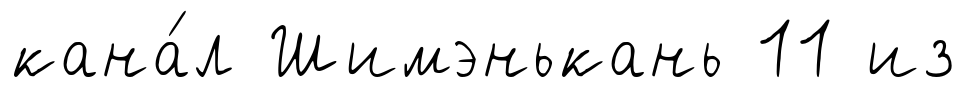
кана́л Шимэнькань 11 из